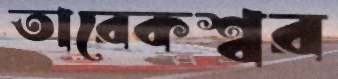
তারেকশ্বর